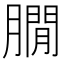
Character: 𦠥